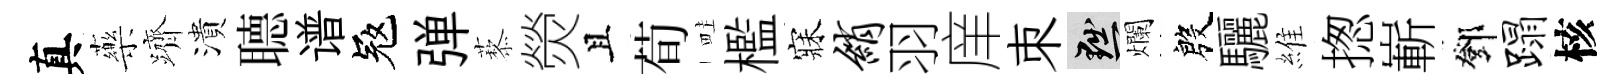
真藥躋潰𦗟谱冦弹藜熒且荀畦檻寐绡羽庠朿黜爛殷驪維揔嶄鄧蹋核